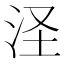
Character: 𣲾